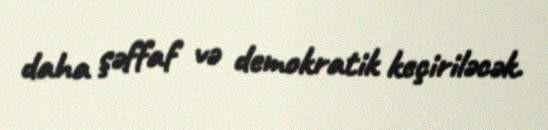
daha şəffaf və demokratik keçiriləcək.